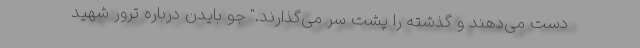
دست می‌دهند و گذشته را پشت سر می‌گذارند." جو بایدن درباره ترور شهید